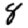
Digit: 8